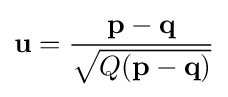
\mathbf {u} ={\frac {\mathbf {p} -\mathbf {q} }{\sqrt {Q(\mathbf {p} -\mathbf {q} )}}}